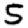
Digit: 5